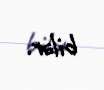
bilər.